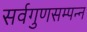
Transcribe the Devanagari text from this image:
सर्वगुणसम्पन्न